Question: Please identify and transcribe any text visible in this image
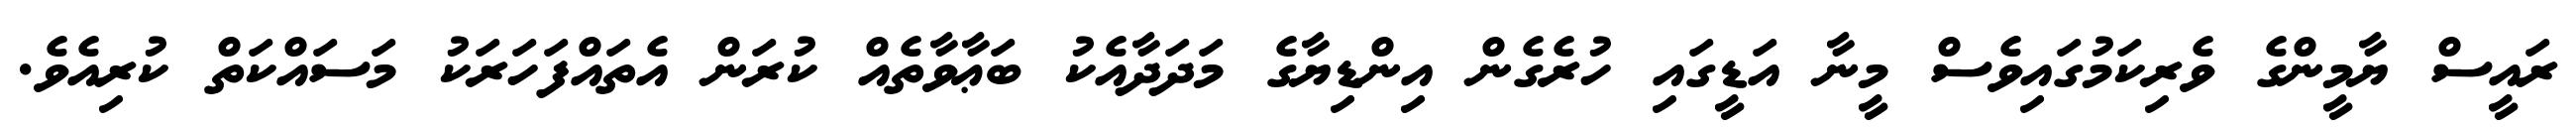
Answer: ރައީސް ޔާމީންގެ ވެރިކަމުގައިވެސް މީނާ އަޑީގައި ހުރެގެން އިންޑިޔާގެ މަދަދާއެކު ބަޢާވާތެއް ކުރަން އެތައްފަހަރަކު މަސައްކަތް ކުރިއެވެ.